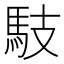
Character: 馶